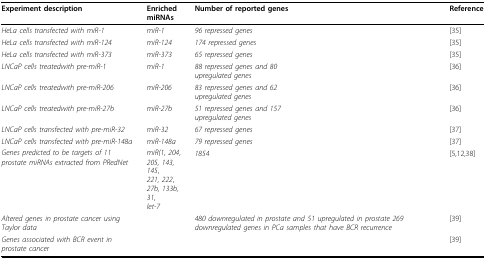
<table><thead><tr><td><b>Experiment description</b></td><td><b>EnrichedmiRNAs</b></td><td><b>Number of reported genes</b></td><td><b>Reference</b></td></tr></thead><tbody><tr><td><i>HeLa cells transfected with miR-1</i></td><td><i>miR-1</i></td><td><i>96 repressed genes</i></td><td>[35]</td></tr><tr><td><i>HeLa cells transfected with miR-124</i></td><td><i>miR-124</i></td><td><i>174 repressed genes</i></td><td>[35]</td></tr><tr><td><i>HeLa cells transfected with miR-373</i></td><td><i>miR-373</i></td><td><i>65 repressed genes</i></td><td>[35]</td></tr><tr><td><i>LNCaP cells treatedwith pre-miR-1</i></td><td><i>miR-1</i></td><td><i>88 repressed genes and 80</i><i>upregulated genes</i></td><td>[36]</td></tr><tr><td><i>LNCaP cells treatedwith pre-miR-206</i></td><td><i>miR-206</i></td><td><i>83 repressed genes and 62</i><i>upregulated genes</i></td><td>[36]</td></tr><tr><td><i>LNCaP cells treatedwith pre-miR-27b</i></td><td><i>miR-27b</i></td><td><i>51 repressed genes and 157</i><i>upregulated genes</i></td><td>[36]</td></tr><tr><td><i>LNCaP cells transfected with pre-miR-32</i></td><td><i>miR-32</i></td><td><i>67 repressed genes</i></td><td>[37]</td></tr><tr><td><i>LNCaP cells transfected with pre-miR-148a</i></td><td><i>miR-148a</i></td><td><i>79 repressed genes</i></td><td>[37]</td></tr><tr><td><i>Genes predicted to be targets of 11</i><i>prostate miRNAs extracted from PRedNet</i></td><td><i>miR(1, 204</i>,<i>205, 143, 145</i>,<i>221, 222</i>,<i>27b, 133b, 31</i>,<i>let-7</i></td><td><i>1854</i></td><td>[5,12,38]</td></tr><tr><td><i>Altered genes in prostate cancer using</i><i>Taylor data</i></td><td></td><td><i>480 downregulated in prostate and 51 upregulated in prostate 269 downregulated genes in PCa samples that have BCR recurrence</i></td><td>[39]</td></tr><tr><td><i>Genes associated with BCR event in </i><i>prostate cancer</i></td><td></td><td></td><td>[39]</td></tr></tbody></table>